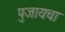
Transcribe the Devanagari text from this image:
पुजायचा